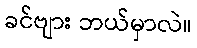
ခင်ဗျား ဘယ်မှာလဲ။